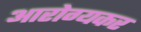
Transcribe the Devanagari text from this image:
आरोग्यकर